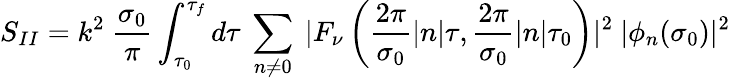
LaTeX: S_{II}=k^{2}~\frac{\sigma_{0}}{\pi}\int_{\tau_{0}}^{\tau_{f}}d\tau~\sum_{n\neq 0}^{}~|F_{\nu}\left(\frac{2\pi}{\sigma_{0}}|n|\tau,\frac{2\pi}{\sigma_{0}}|n|\tau_{0}\right)|^{2}~|\phi_{n}(\sigma_{0})|^{2}